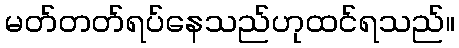
မတ်တတ်ရပ်နေသည်ဟုထင်ရသည်။